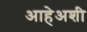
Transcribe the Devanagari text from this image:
आहेअशी